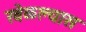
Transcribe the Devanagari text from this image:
खेळल्यास